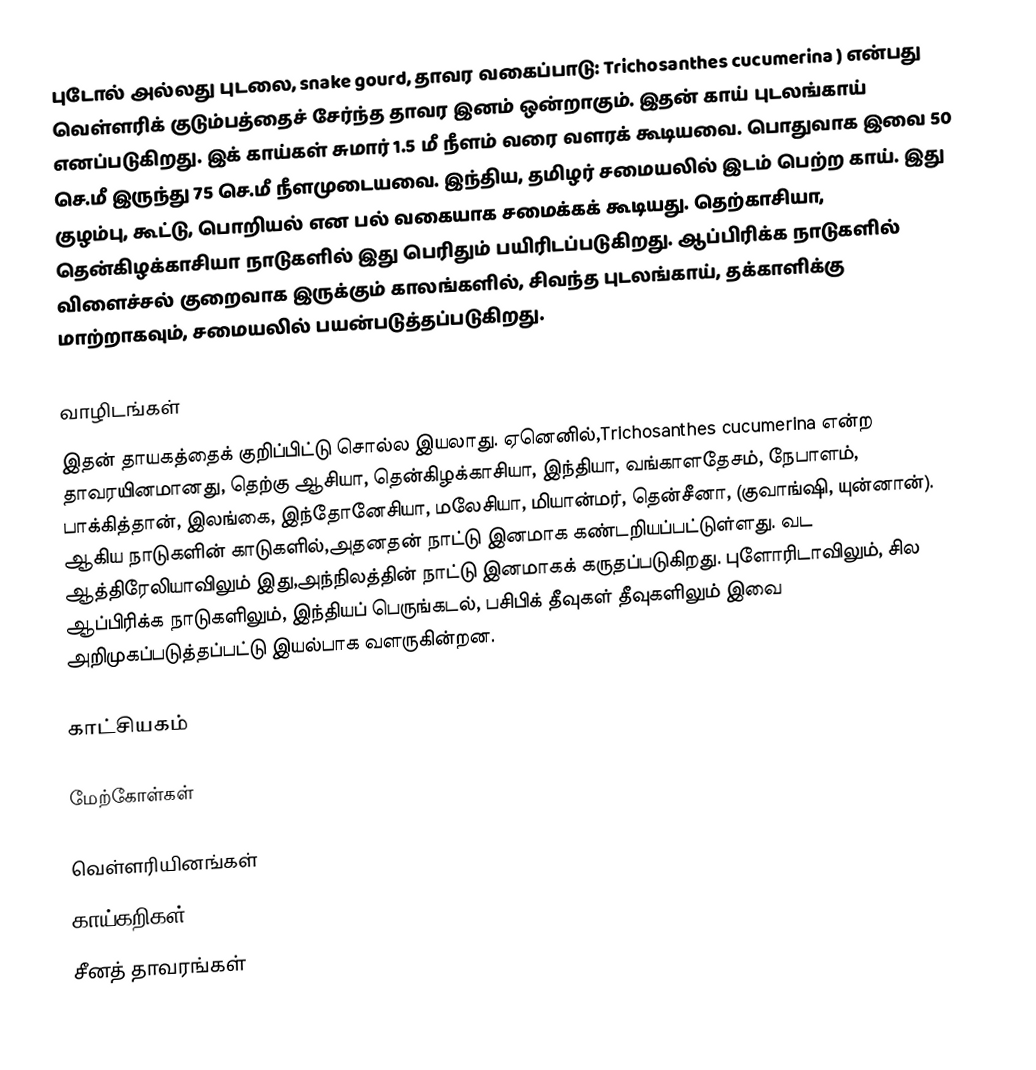
புடோல் அல்லது புடலை, snake gourd, தாவர வகைப்பாடு: Trichosanthes cucumerina ) என்பது வெள்ளரிக் குடும்பத்தைச் சேர்ந்த தாவர இனம் ஒன்றாகும். இதன் காய் புடலங்காய் எனப்படுகிறது. இக் காய்கள் சுமார் 1.5 மீ நீளம் வரை வளரக் கூடியவை. பொதுவாக இவை 50 செ.மீ இருந்து 75 செ.மீ நீளமுடையவை. இந்திய, தமிழர் சமையலில் இடம் பெற்ற காய். இது குழம்பு, கூட்டு, பொறியல் என பல் வகையாக சமைக்கக் கூடியது. தெற்காசியா, தென்கிழக்காசியா நாடுகளில் இது பெரிதும் பயிரிடப்படுகிறது. ஆப்பிரிக்க நாடுகளில் விளைச்சல் குறைவாக இருக்கும் காலங்களில், சிவந்த புடலங்காய், தக்காளிக்கு மாற்றாகவும், சமையலில் பயன்படுத்தப்படுகிறது.

வாழிடங்கள்
இதன் தாயகத்தைக் குறிப்பிட்டு சொல்ல இயலாது. ஏனெனில்,Trichosanthes cucumerina என்ற தாவரயினமானது, தெற்கு ஆசியா, தென்கிழக்காசியா,  இந்தியா, வங்காளதேசம், நேபாளம், பாக்கித்தான், இலங்கை, இந்தோனேசியா, மலேசியா, மியான்மர், தென்சீனா, (குவாங்ஷி, யுன்னான்). ஆகிய நாடுகளின் காடுகளில்,அதனதன் நாட்டு இனமாக கண்டறியப்பட்டுள்ளது. வட ஆத்திரேலியாவிலும் இது,அந்நிலத்தின் நாட்டு இனமாகக் கருதப்படுகிறது. புளோரிடாவிலும், சில ஆப்பிரிக்க நாடுகளிலும்,  இந்தியப் பெருங்கடல்,  பசிபிக் தீவுகள் தீவுகளிலும் இவை அறிமுகப்படுத்தப்பட்டு இயல்பாக வளருகின்றன.

காட்சியகம்

மேற்கோள்கள்

வெள்ளரியினங்கள்
காய்கறிகள்
சீனத் தாவரங்கள்